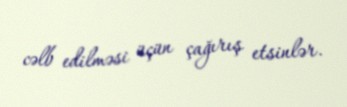
cəlb edilməsi üçün çağırış etsinlər.